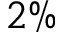
2 \%